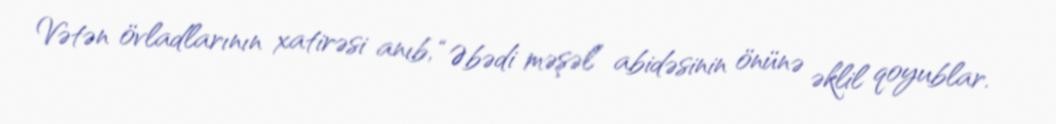
Vətən övladlarının xatirəsi anıb, “Əbədi məşəl” abidəsinin önünə əklil qoyublar.